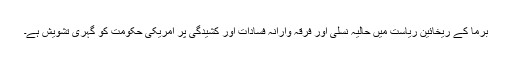
برما کے ريخائين رياست ميں حاليہ نسلی اور فرقہ وارانہ فسادات اور کشیدگی پر امريکی حکومت کو گہری تشويش ہے۔